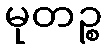
မုတဉ္စ